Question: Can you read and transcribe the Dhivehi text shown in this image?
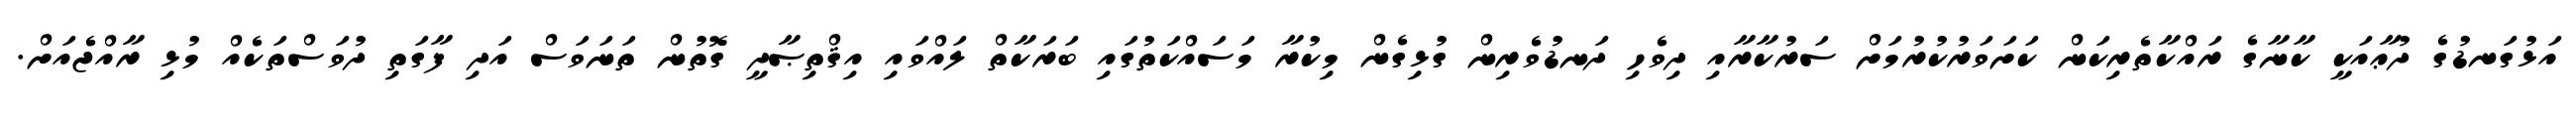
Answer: އަޅުގަނޑުގެ ދުޢާއަކީ ކާނާގެ ރައްކާތެރިކަން ކަށަވަރުކުރުމަށް ސަރުކާރާއި ދިވެހި ދަނޑުވެރިން ގުޅިގެން މިކުރާ މަސައްކަތުގައި ބަރަކާތް ލައްވައި އިޤްތިޞާދީ ގޮތުން ތަނަވަސް އަދި ފާގަތި ދުވަސްތަކެއް މުޅި ރާއްޖެއަށް.